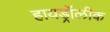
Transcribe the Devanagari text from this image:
हायड्रॉलीक